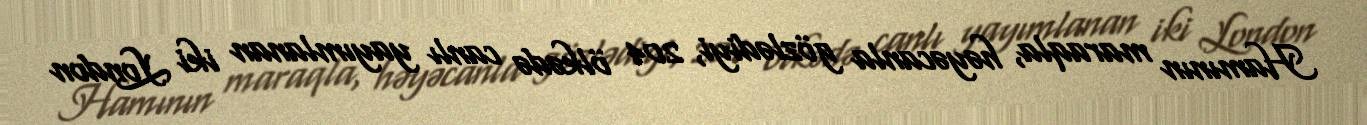
Hamının maraqla, həyəcanla gözlədiyi, 204 ölkədə canlı yayımlanan iki London